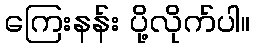
ကြေးနန်း ပို့လိုက်ပါ။